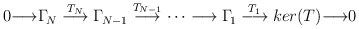
\begin{align*}0{\longrightarrow}\Gamma_{\!N}\stackrel{T_N}{\longrightarrow}\Gamma_{\!N-1}\stackrel{T_{N-1}}{\longrightarrow}\dots\longrightarrow\Gamma_{\!1}\stackrel{T_1}{\longrightarrow}ker(T){\longrightarrow}0 \end{align*}